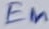
Text: En